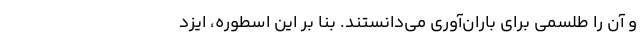
و آن را طلسمی برای باران‌آوری می‌دانستند. بنا بر این اسطوره، ایزد